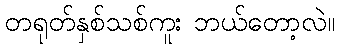
တရုတ်နှစ်သစ်ကူး ဘယ်တော့လဲ။